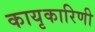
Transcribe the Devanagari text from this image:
कायृकारिणी